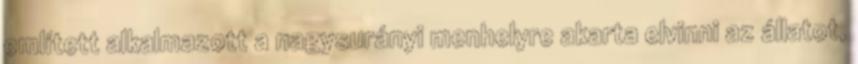
említett alkalmazott a nagysurányi menhelyre akarta elvinni az állatot,